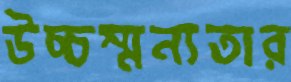
উচ্চম্মন্যতার